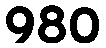
980